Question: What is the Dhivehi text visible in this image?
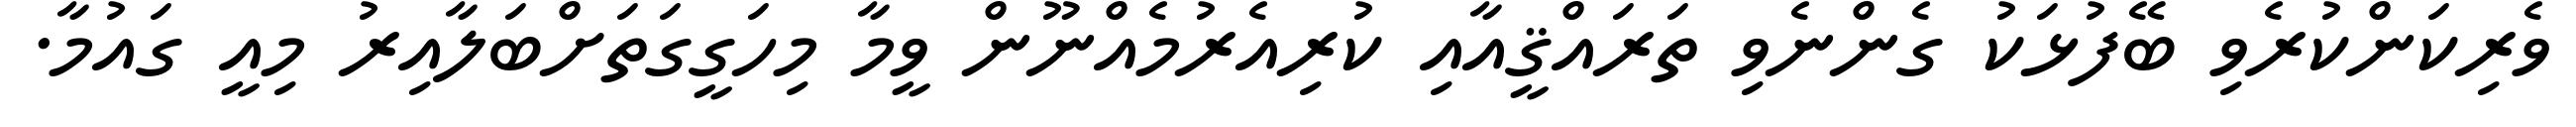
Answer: ވެރިކަންކުރެވި ބޭފުޅަކު ގެންނެވި ތަރައްޤީއާއި ކުރިއެރުމެއްނޫން ވީމާ މިހަގީގަތަށްބަލާއިރު މިއީ ގައުމާ.